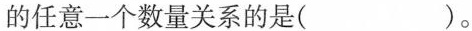
的任意一个数量关系的是（）。